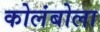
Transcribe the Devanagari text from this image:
कोलंबोला